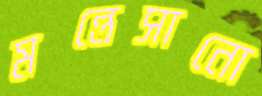
মন্তেসানো